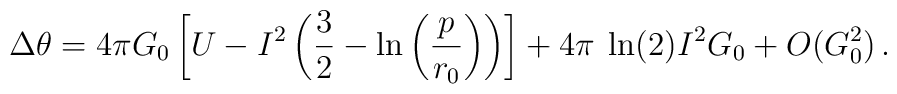
\Delta\theta = 4 \pi G_0 \left[ U- I^2 \left( \frac{3}{2} -\ln\left(\frac{p}{r_0}\right) \right) \right] + 4 \pi \hspace{0.1cm}\ln (2) I^2G_0 + O(G_0 ^2) \, .